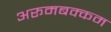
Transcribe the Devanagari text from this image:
अरूमबक्कम